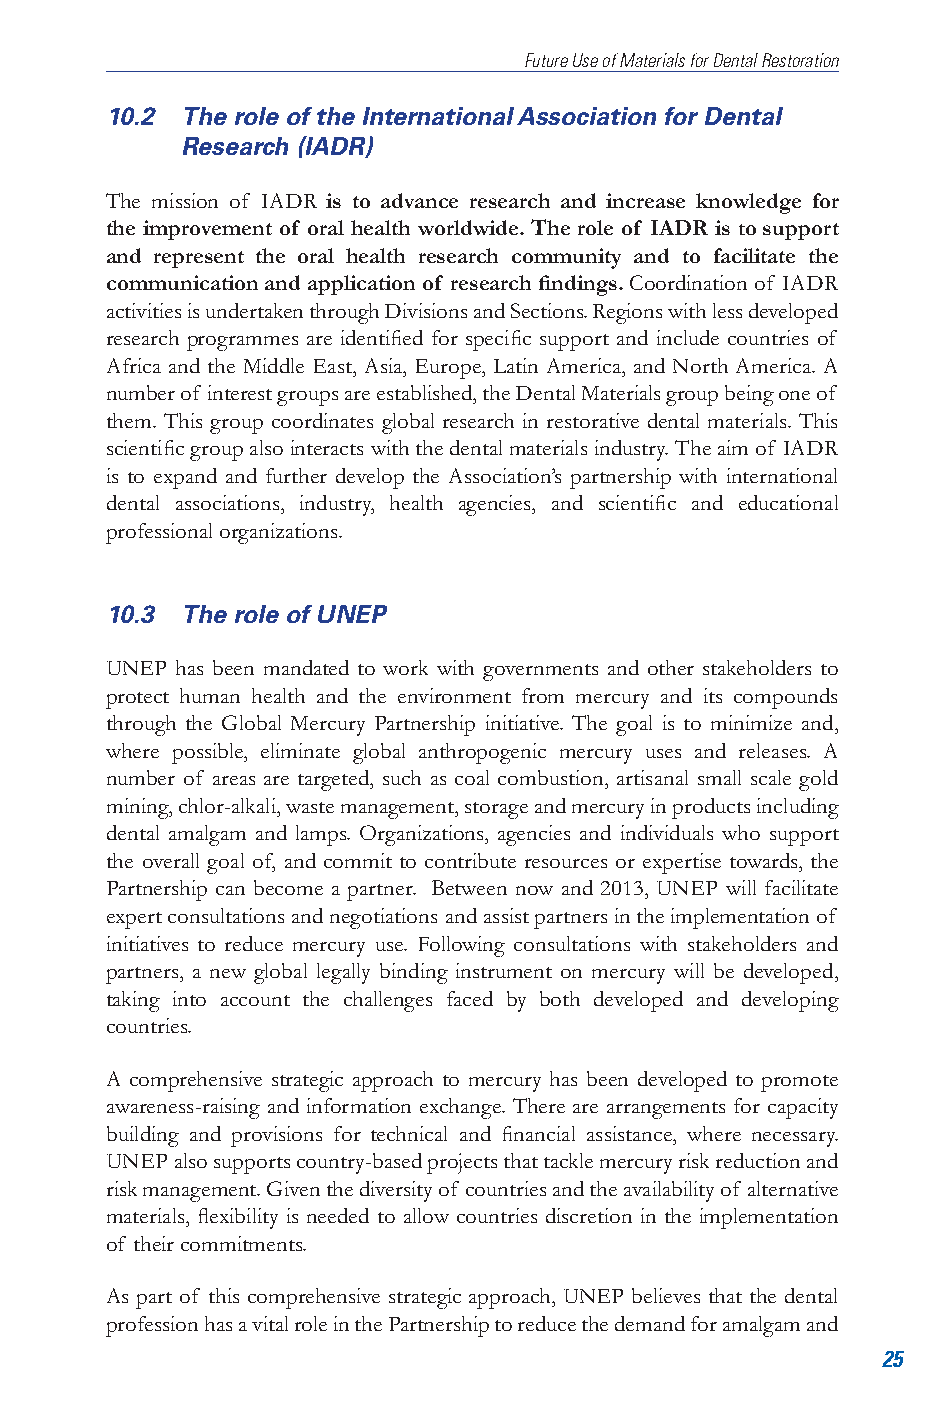
Future Use of Materials for Dental Restoration
 10.2 The role of the International Association for Dental
 Research (IADR)
 The mission of IADR is to advance research and increase knowledge for
 the improvement of oral health worldwide. The role of IADR is to support
 and represent the oral health research community and to facilitate the
 communication and application of research findings. Coordination of IADR
 activities is undertaken through Divisions and Sections. Regions with less developed
 research programmes are identified for specific support and include countries of
 Africa and the Middle East, Asia, Europe, Latin America, and North America. A
 number of interest groups are established, the Dental Materials group being one of
 them. This group coordinates global research in restorative dental materials. This
 scientific group also interacts with the dental materials industry. The aim of IADR
 is to expand and further develop the Association’s partnership with international
 dental associations, industry, health agencies, and scientific and educational
 professional organizations.
 10.3 The role of UNEP
 UNEP has been mandated to work with governments and other stakeholders to
 protect human health and the environment from mercury and its compounds
 through the Global Mercury Partnership initiative. The goal is to minimize and,
 where possible, eliminate global anthropogenic mercury uses and releases. A
 number of areas are targeted, such as coal combustion, artisanal small scale gold
 mining, chlor-alkali, waste management, storage and mercury in products including
 dental amalgam and lamps. Organizations, agencies and individuals who support
 the overall goal of, and commit to contribute resources or expertise towards, the
 Partnership can become a partner. Between now and 2013, UNEP will facilitate
 expert consultations and negotiations and assist partners in the implementation of
 initiatives to reduce mercury use. Following consultations with stakeholders and
 partners, a new global legally binding instrument on mercury will be developed,
 taking into account the challenges faced by both developed and developing
 countries.
 A comprehensive strategic approach to mercury has been developed to promote
 awareness-raising and information exchange. There are arrangements for capacity
 building and provisions for technical and financial assistance, where necessary.
 UNEP also supports country-based projects that tackle mercury risk reduction and
 risk management. Given the diversity of countries and the availability of alternative
 materials, flexibility is needed to allow countries discretion in the implementation
 of their commitments.
 As part of this comprehensive strategic approach, UNEP believes that the dental
 profession has a vital role in the Partnership to reduce the demand for amalgam and
 25